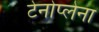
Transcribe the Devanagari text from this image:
टेनोप्लेना